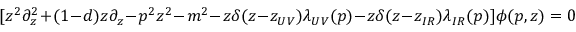
[ z ^ { 2 } \partial _ { z } ^ { 2 } + ( 1 - d ) z \partial _ { z } - p ^ { 2 } z ^ { 2 } - m ^ { 2 } - z \delta ( z - z _ { U V } ) \lambda _ { U V } ( p ) - z \delta ( z - z _ { I R } ) \lambda _ { I R } ( p ) ] \phi ( p , z ) = 0